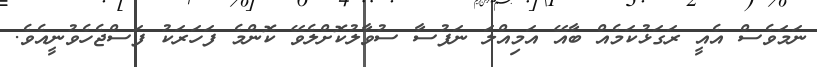
ނަމަވެސް އެއީ ރަގަޅުކަމެއް ބާއޭ އަމިއްލަ ނަފުސާ ސުވާލުކޮށްލެވޭ ކޮންމެ ފަހަރަކު ފަސްޖެހެވުނީއެވެ.